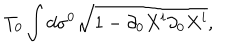
T _ { 0 } \int d \sigma ^ { 0 } \sqrt { 1 - \partial _ { 0 } X ^ { i } \partial _ { 0 } X ^ { i } } ,